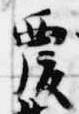
覆